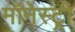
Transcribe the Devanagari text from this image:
मॉनेस्‍ट्री